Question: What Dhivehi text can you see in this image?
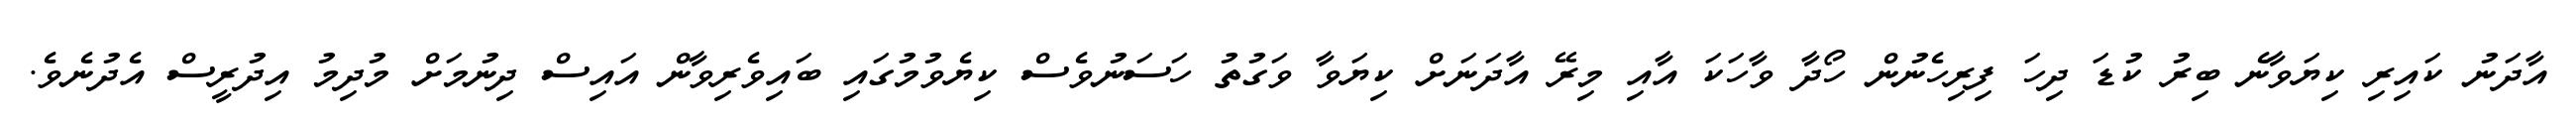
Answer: އާދަނު ކައިރި ކިޔަވާނެ ބިރު ކުޑަ ދިހަ ފިރިހެނުން ހޯދާ ވާހަކަ އާއި މިރޭ އާދަނަށް ކިޔަވާ ވަގުތު ހަސަނުވެސް ކިޔެވުމުގައި ބައިވެރިވާން އައިސް ދިނުމަށް މުދިމު އިދުރީސް އެދުނެވެ.